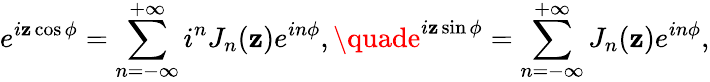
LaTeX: e^{i\mathbf{z}\cos\phi}=\sum_{n=-\infty}^{+\infty}i^{n}J_{n}(\mathbf{z})e^{in\phi},\quade^{i\mathbf{z}\sin\phi}=\sum_{n=-\infty}^{+\infty}J_{n}(\mathbf{z})e^{in\phi},